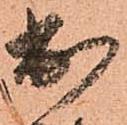
出